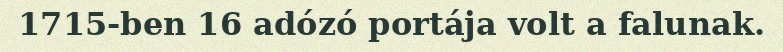
1715-ben 16 adózó portája volt a falunak.